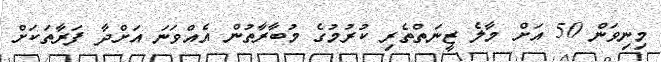
މިނިވަން 50 އަށް މާލެ ޒީނަތްތެރި ކުރުމުގެ މުބާރާތުން އެއްވަނަ އަށްދާ ފަރާތަކަށް